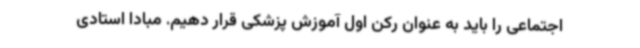
اجتماعی را باید به عنوان رکن اول آموزش پزشکی قرار دهیم. مبادا استادی